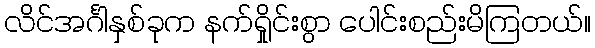
လိင်အင်္ဂါနှစ်ခုက နက်ရှိုင်းစွာ ပေါင်းစည်းမိကြတယ်။